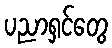
ပညာရှင်တွေ